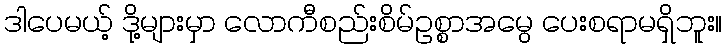
ဒါပေမယ့် ဒို့များမှာ လောကီစည်းစိမ်ဥစ္စာအမွေ ပေးစရာမရှိဘူး။